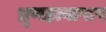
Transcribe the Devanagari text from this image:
भ्रूणहत्यापाप